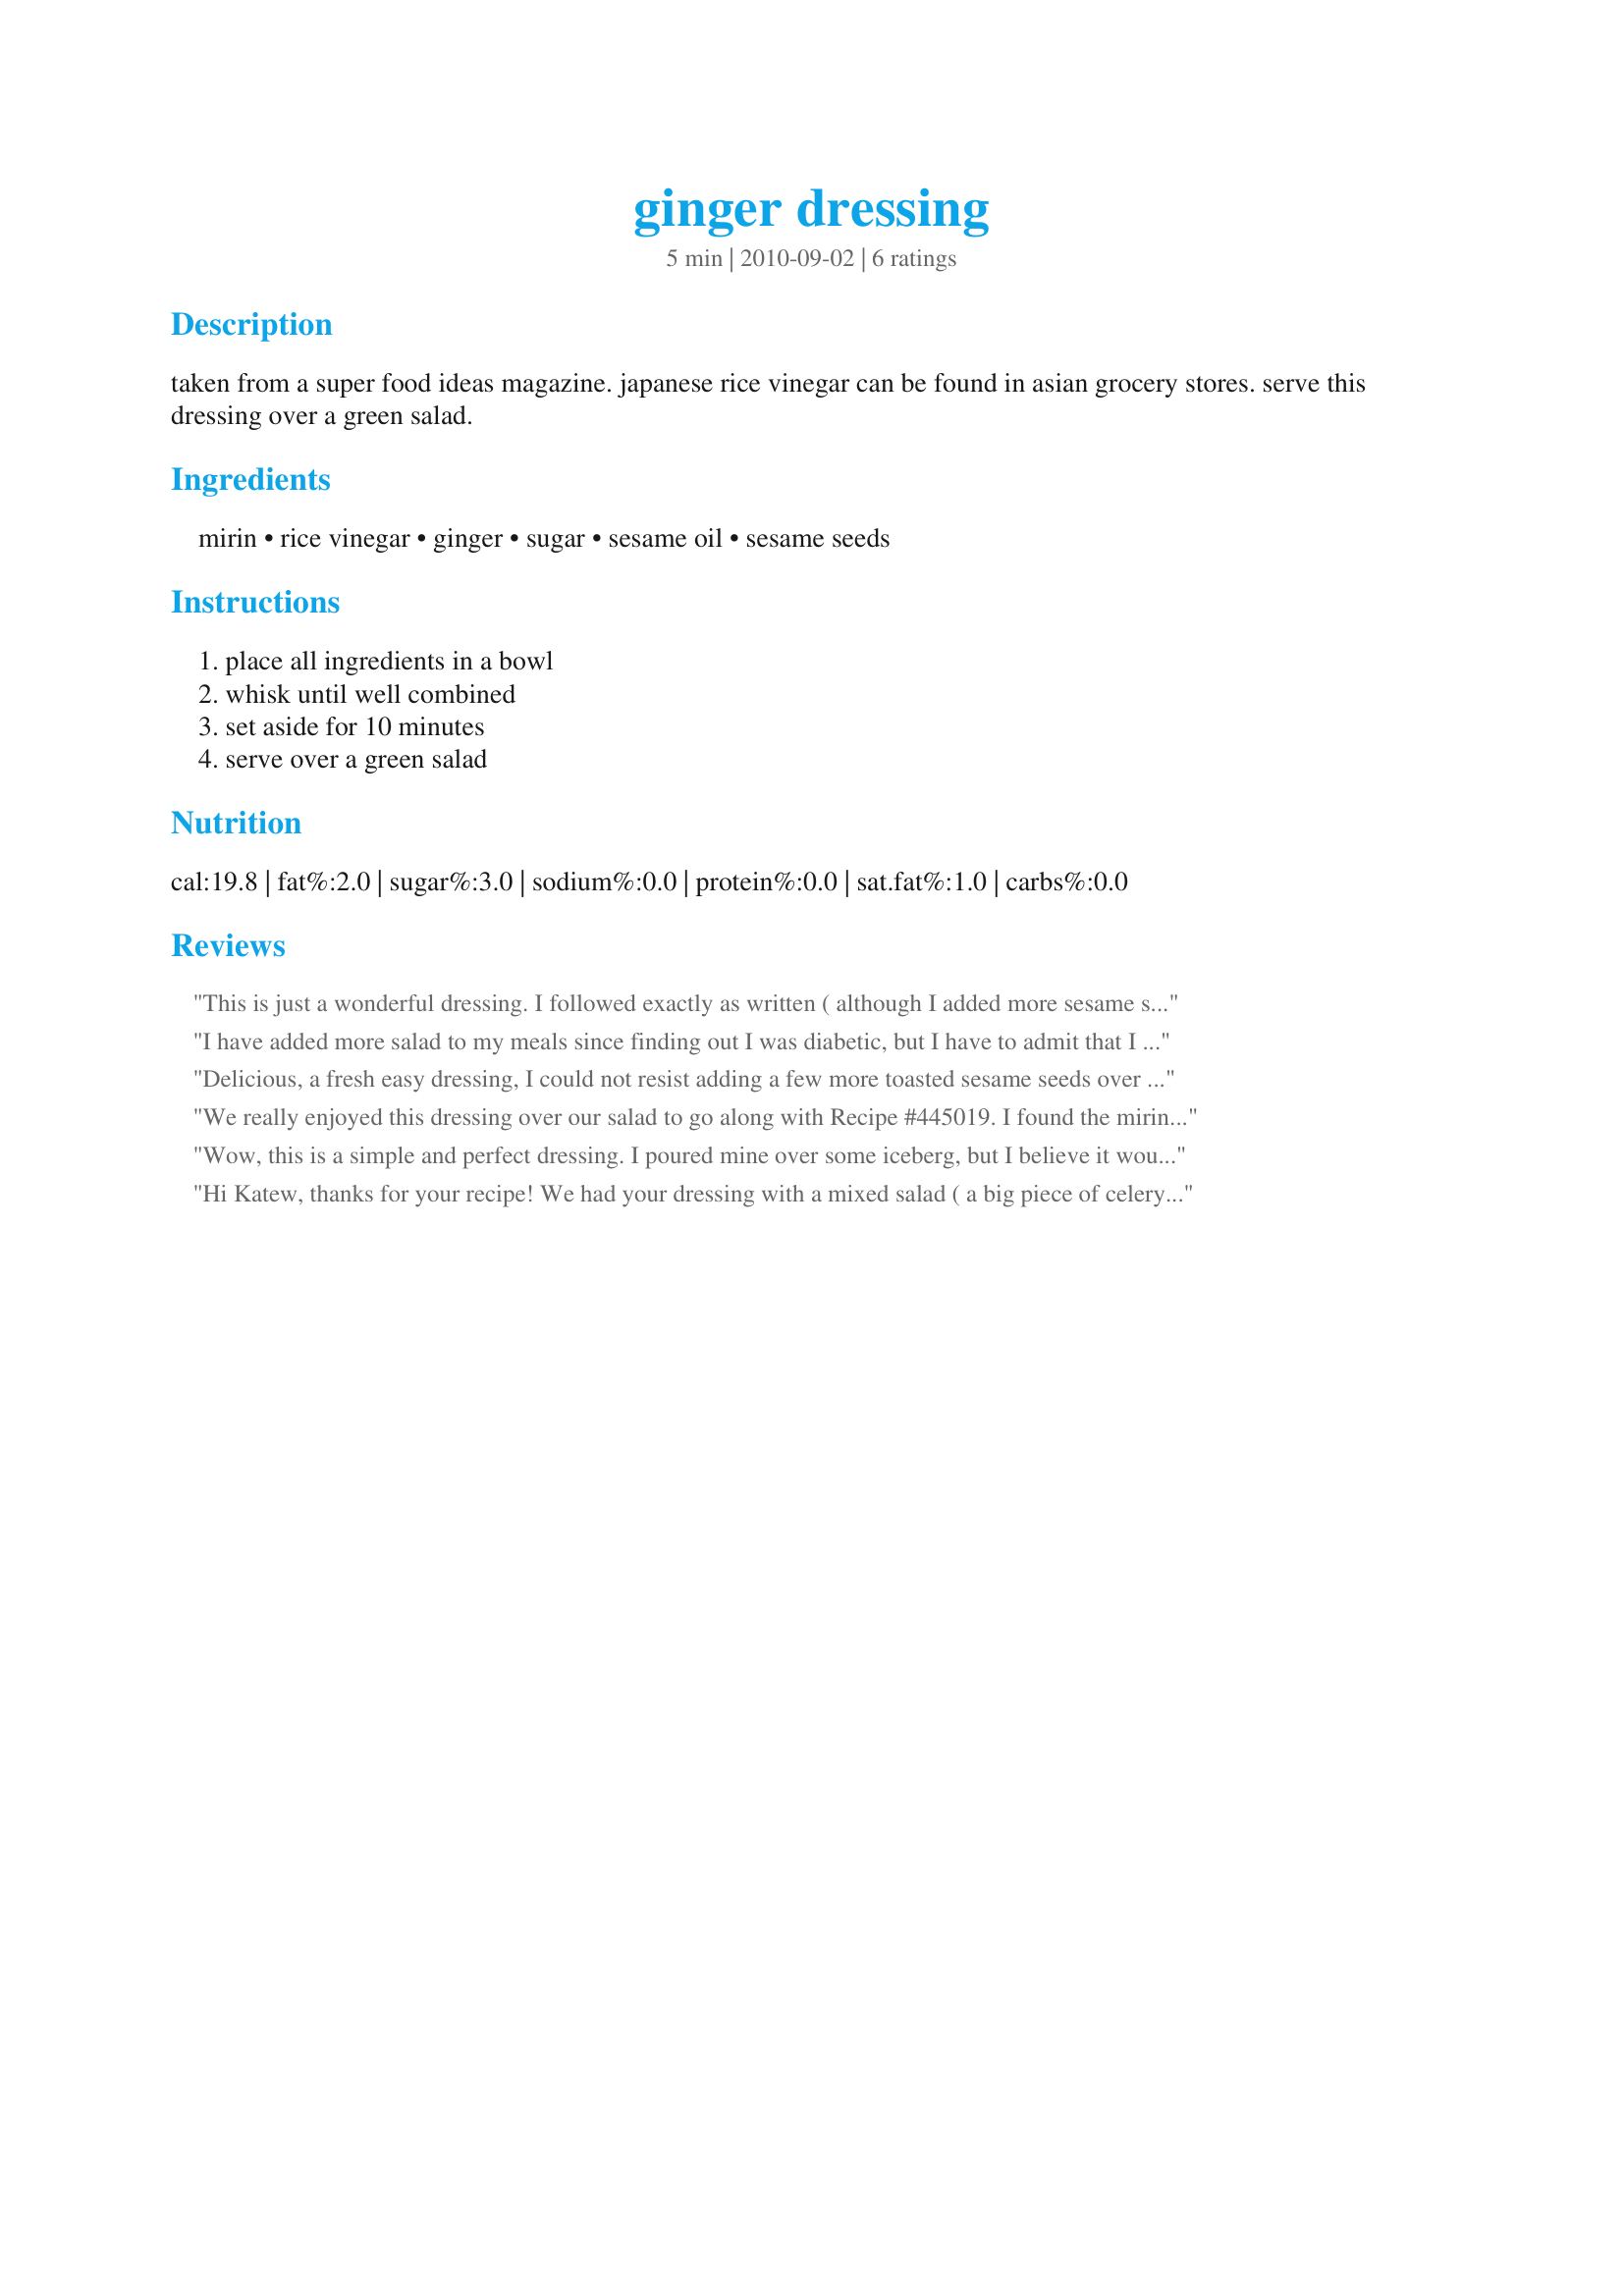
ginger dressing
Preparation time: 5 minutes

taken from a super food ideas magazine. japanese rice vinegar can be found in asian grocery stores. serve this dressing over a green salad.

Ingredients:
mirin, rice vinegar, ginger, sugar, sesame oil, sesame seeds

Steps:
place all ingredients in a bowl, whisk until well combined, set aside for 10 minutes, serve over a green salad

Reviews:
This is just a wonderful dressing. I followed exactly as written ( although I added more sesame seeds) it was just wonderful. This dressing added such a fantastic sweet flavour to the salad. <br/>Simple, easy and so delicious on a salad!<br/>Thanks katew.
I have added more salad to my meals since finding out I was diabetic, but I have to admit that I was getting all saladed out. There is so much flavor in this dressing that it made eating salads enjoyable again. I made this using Splenda in place of the sugar. I doubled the ingredients and put everything in a shaker bottle. I have made this recipe twice so far this month. I will be using this recipe often in the future. Made for October 2011 Aus/NZ Swap.
Delicious, a fresh easy dressing, I could not resist adding a few more toasted sesame seeds over the top of the salad. thanks for posting,
We really enjoyed this dressing over our salad to go along with Recipe #445019. I found the mirin AND sugar too sweet for our tastes, so added a couple more teaspoons of vinegar-next time I would omit the sugar. We eat big salads so I made the full amount for the two of us. Thanks for posting this Kate.
Wow, this is a simple and perfect dressing. I poured mine over some iceberg, but I believe it would be great with mixed baby greens, too. I just threw the ingredients in a small container with a lid, and Voila! the dressing was made! Thanks so much for sharing this, katew!
Hi Katew, thanks for your recipe! We had your dressing with a mixed salad ( a big piece of celery root, 3 big carrots and 3 color bell peppers).I prepared the double amount (for 4 people)...our salad portions are usually very big. <br/>I didn't have mirin I used clear soya-sauce insead. We didn't have leftovers: it was to nice. I'll post you a picture of the salad.
